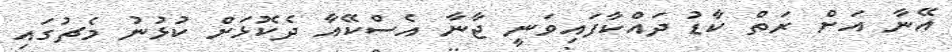
އޭނާ އަށް ރަތް ކާޑު ދައްކާފައިވަނީ ޖާނާ އެސްކޭއާ ދެކޮޅަށް ކުޅުނު މެޗުގައި